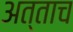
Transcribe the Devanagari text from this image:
अत्ताच